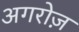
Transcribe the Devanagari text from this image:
अगरोज़